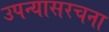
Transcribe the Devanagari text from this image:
उपन्यासरचना